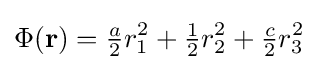
\Phi (\mathbf {r} )={\tfrac {a}{2}}r_{1}^{2}+{\tfrac {1}{2}}r_{2}^{2}+{\tfrac {c}{2}}r_{3}^{2}